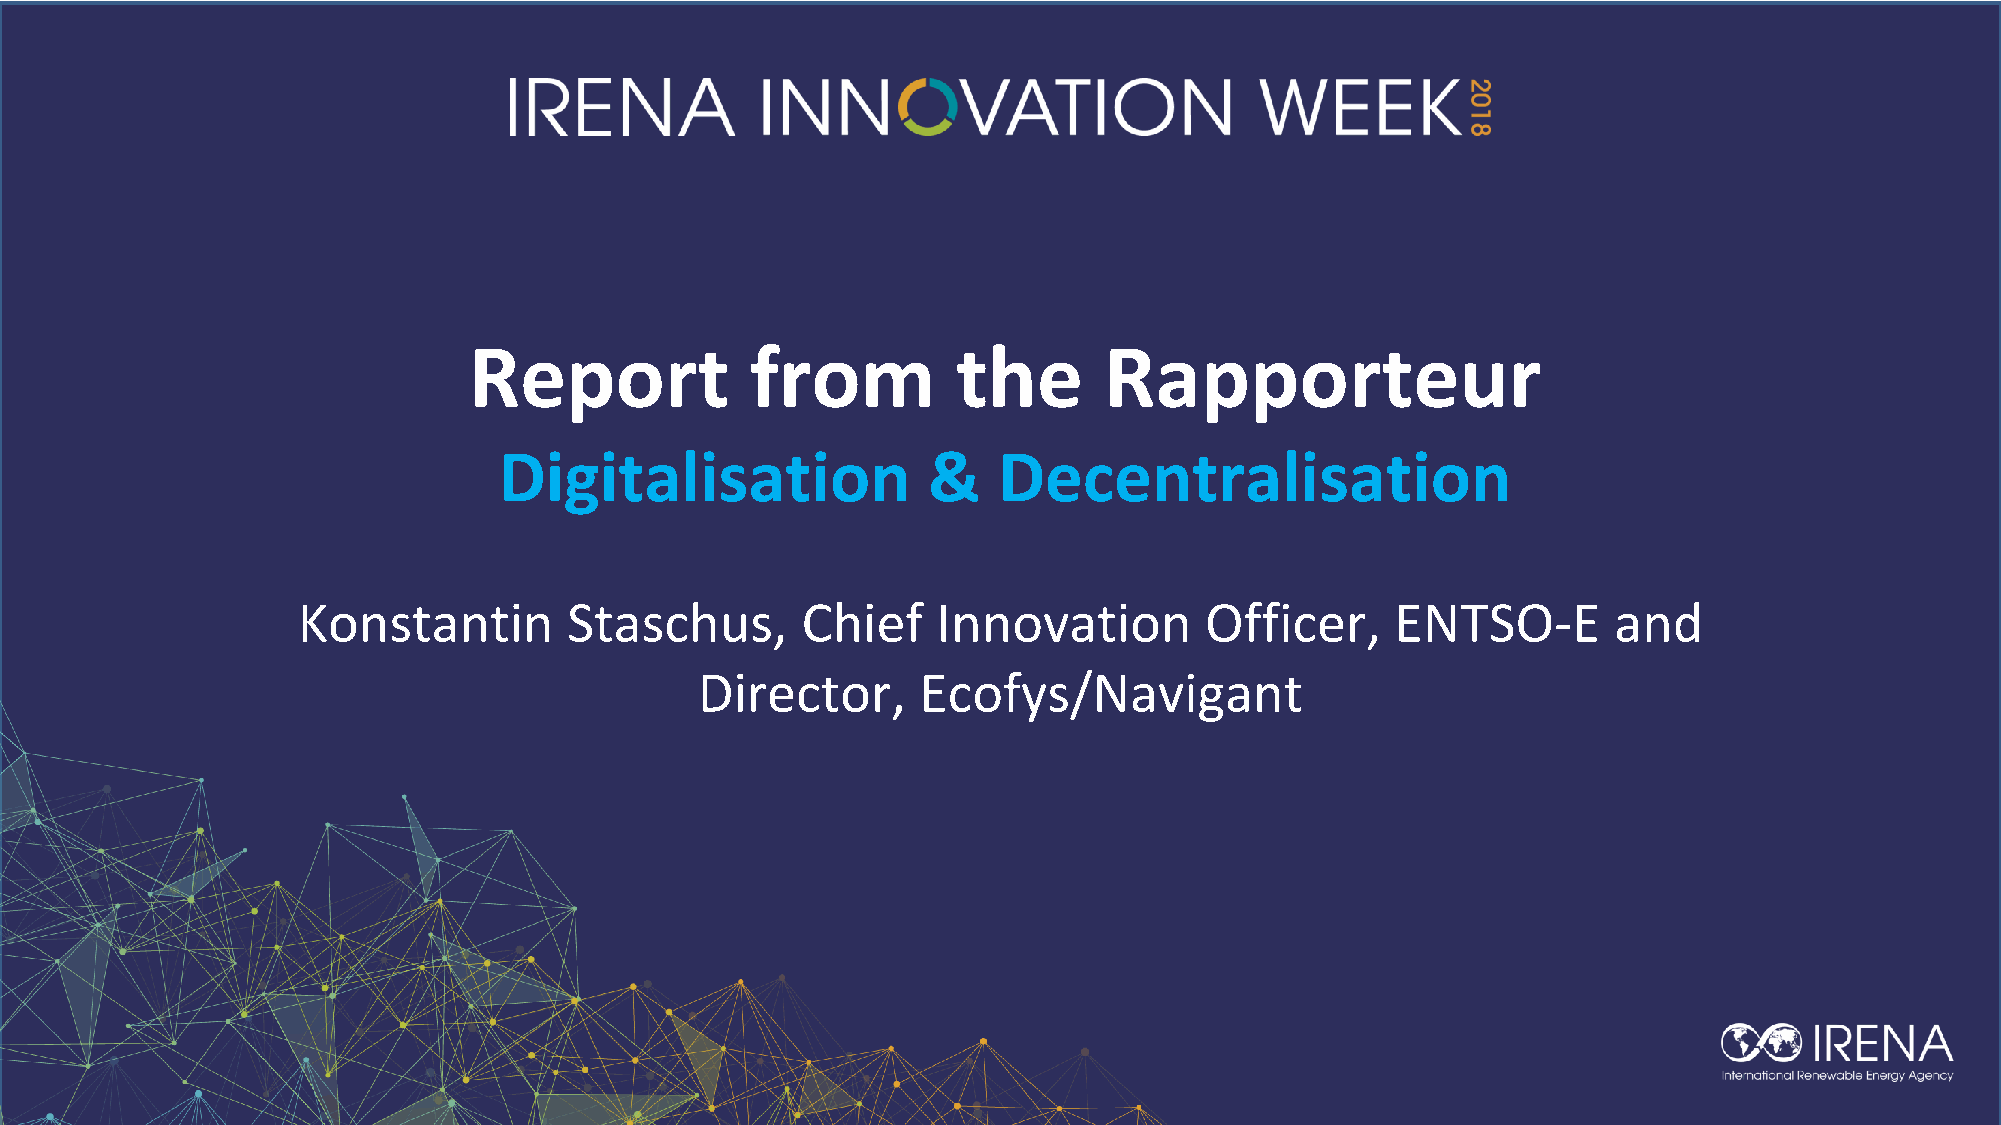
Report             from         the       Rapporteur
 Digitalisation              &    Decentralisation
 Konstantin        Staschus,      Chief    Innovation        Officer,    ENTSO-E        and
 Director,      Ecofys/Navigant